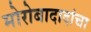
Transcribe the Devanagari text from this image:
मोरोबादादांचा